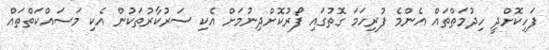
ފަހިކޮށްދީ ހިދުމަތްތައް އެންމެ ފުރިހަމަ ގޮތުގައި ފޯރުކޮށްދިނުމަށް އެކި ސަރުކާރުތަކުން އެކި މަސައްކަތްތައް